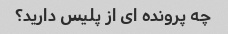
چه پرونده ای از پلیس دارید؟